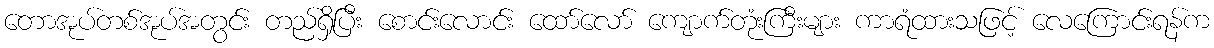
တောအုပ်တစ်အုပ်အတွင်း တည်ရှိပြီး စောင်းလောင်း ထော်လော် ကျောက်တုံးကြီးများ ကာရံထားသဖြင့် လေကြောင်းရန်က